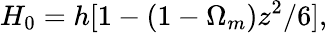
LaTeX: H_{0}=h[1-(1-\Omega_{m})z^{2}/6],